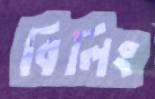
বিলিং